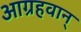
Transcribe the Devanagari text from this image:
आग्रहवान्‌